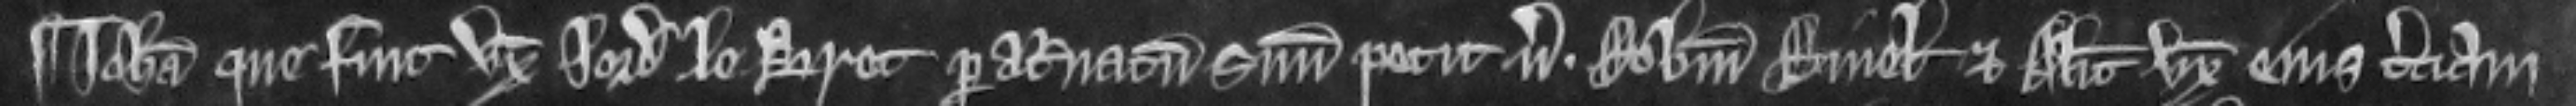
¶ Johanna que fuit uxor Jordani le Bret per attoratum suum petit versus. Robertum Riuel et Aliciam uxorem ejus terciam